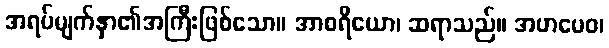
အရပ်မျက်နှာ၏အကြီးဖြစ်သော။ အာစရိယော၊ ဆရာသည်။ အဟမေဝ၊